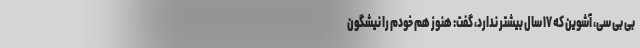
بی بی سی، آشوین که ۱۷ سال بیشتر ندارد، گفت:‌ هنوز هم خودم را نیشگون